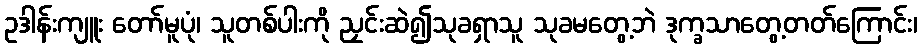
ဥဒါန်းကျူး တော်မူပုံ၊ သူတစ်ပါးကို ညှင်းဆဲ၍သုခရှာသူ သုခမတွေ့ဘဲ ဒုက္ခသာတွေ့တတ်ကြောင်း၊